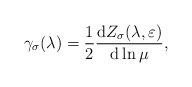
\begin{align*}\gamma _{\sigma }(\lambda )=\frac{1}{2}\frac{\mathrm{d}Z_{\sigma }(\lambda,\varepsilon )}{\mathrm{d}\ln \mu },\end{align*}